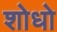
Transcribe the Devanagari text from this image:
शोधो